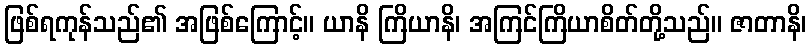
ဖြစ်ရကုန်သည်၏ အဖြစ်ကြောင့်။ ယာနိ ကြိယာနိ၊ အကြင်ကြိယာစိတ်တို့သည်။ ဇာတာနိ၊